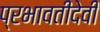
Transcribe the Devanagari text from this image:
प्रभावतीदेवी